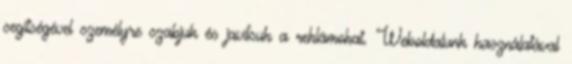
segítségével személyre szabjuk és javítsuk a reklámokat. Weboldalunk használatával